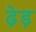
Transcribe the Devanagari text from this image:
ढ़ेड़